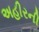
અહીરની